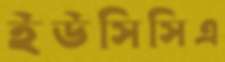
ইউসিসিএ